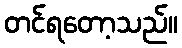
တင်ရတော့သည်။